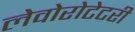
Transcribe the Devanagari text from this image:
लेवोरोटेटरी